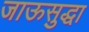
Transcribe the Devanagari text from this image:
जाऊसुद्धा